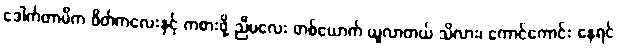
ဒေါက်တာမိက ဝိတ်ကလေးနှင့် ကစားဖို့ ညီမလေး တစ်ယောက် ယူလာတယ် သိလား၊ ကောင်ကောင်း နေရင်